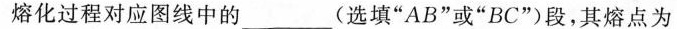
熔化过程对应图线中的___(选填”AB”或”BC”)段，其熔点为